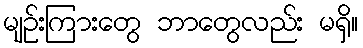
မျဉ်းကြားတွေ ဘာတွေလည်း မရှိ။